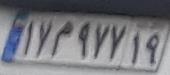
۱۷م۹۷۷۱۹